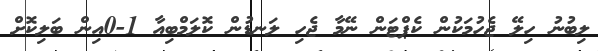
ލިބުނު ހިލޭ ޖެހުމަކުން ކެޕްޓަން ނޭމާ ޖެހި ލަނޑުން ކޮލަމްބިއާ 1-0އިން ބަލިކޮށް